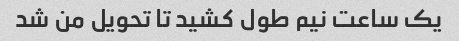
یک ساعت نیم طول کشید تا تحویل من شد